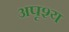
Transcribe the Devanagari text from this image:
अपृश्‍य